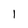
Character: l